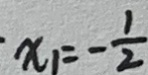
x _ { 1 } = - \frac { 1 } { 2 }